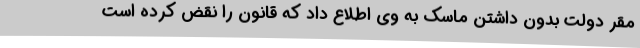
مقر دولت بدون داشتن ماسک به وی اطلاع داد که قانون را نقض کرده است